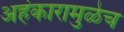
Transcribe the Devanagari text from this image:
अहंकारामुळेच